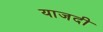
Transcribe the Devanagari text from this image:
याजदी